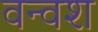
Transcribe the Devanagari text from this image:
वन्वश